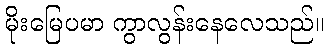
မိုးမြေပမာ ကွာလွန်းနေလေသည်။